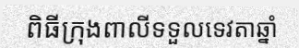
ពិធីក្រុងពាលីទទួលទេវតាឆ្នាំ